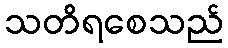
သတိရစေသည်